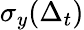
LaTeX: \sigma_{y}(\Delta_{t})